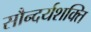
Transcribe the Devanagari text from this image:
सौन्दर्यशक्ति